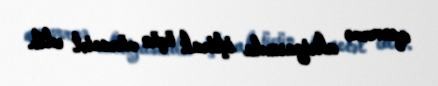
qanvermə aksiyasında iştirak üçün müraciət edib.